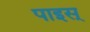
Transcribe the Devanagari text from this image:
पाइस्